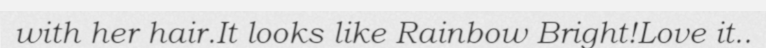
with her hair.It looks like Rainbow Bright!Love it..